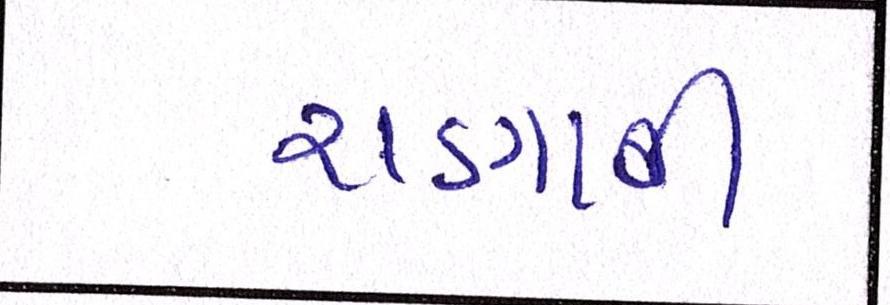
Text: રાણાની